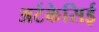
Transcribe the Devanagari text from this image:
अर्टकेसिई